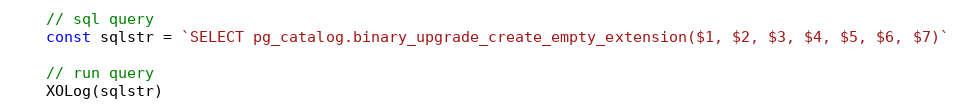
Language: Go
	// sql query
	const sqlstr = `SELECT pg_catalog.binary_upgrade_create_empty_extension($1, $2, $3, $4, $5, $6, $7)`

	// run query
	XOLog(sqlstr)